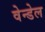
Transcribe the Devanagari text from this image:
वेन्डेल